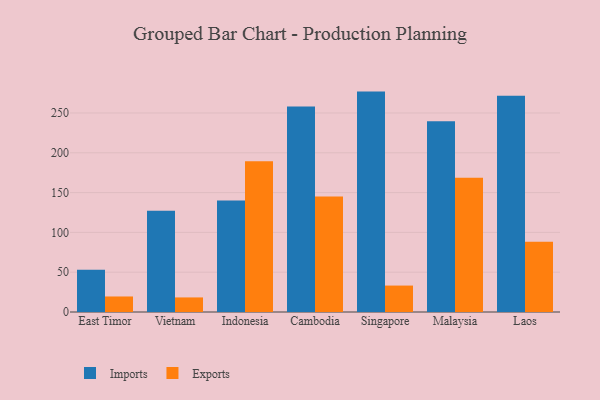
{"axis": {"x": "Country", "y": "Conversion Rate (%)"}, "legend": ["Exports", "Imports"], "data": [{"x": "East Timor", "y": 53.1, "type": "Imports"}, {"x": "East Timor", "y": 19.5, "type": "Exports"}, {"x": "Vietnam", "y": 127.1, "type": "Imports"}, {"x": "Vietnam", "y": 18.3, "type": "Exports"}, {"x": "Indonesia", "y": 140.1, "type": "Imports"}, {"x": "Indonesia", "y": 189.4, "type": "Exports"}, {"x": "Cambodia", "y": 258.2, "type": "Imports"}, {"x": "Cambodia", "y": 145.2, "type": "Exports"}, {"x": "Singapore", "y": 276.9, "type": "Imports"}, {"x": "Singapore", "y": 33.2, "type": "Exports"}, {"x": "Malaysia", "y": 239.6, "type": "Imports"}, {"x": "Malaysia", "y": 168.6, "type": "Exports"}, {"x": "Laos", "y": 271.6, "type": "Imports"}, {"x": "Laos", "y": 88.4, "type": "Exports"}]}